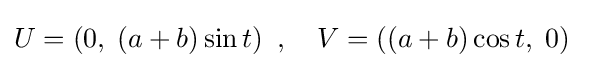
U=\left(0,\;(a+b)\sin t\right)\ ,\quad V=\left((a+b)\cos t,\;0\right)\